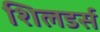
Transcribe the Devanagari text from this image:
शिलडर्स